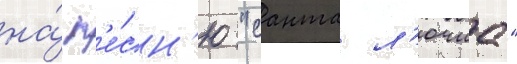
на́ п'е́сн'ю "санта л'ючиа"